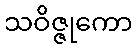
သဝိဇ္ဇုကော